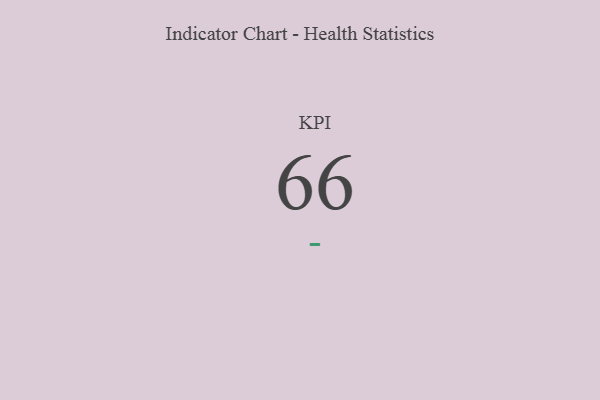
{"axis": {"x": "KPI", "y": "Value"}, "legend": [""], "data": [{"x": "KPI", "y": 66, "type": ""}]}